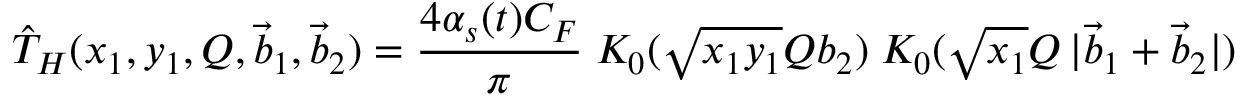
\hat { T } _ { H } ( x _ { 1 } , y _ { 1 } , Q , \vec { b } _ { 1 } , \vec { b } _ { 2 } ) = \frac { 4 \alpha _ { s } ( t ) C _ { F } } { \pi } \; K _ { 0 } ( \sqrt { x _ { 1 } y _ { 1 } } Q b _ { 2 } ) \; K _ { 0 } ( \sqrt { x _ { 1 } } Q \, | \vec { b } _ { 1 } + \vec { b } _ { 2 } | )